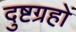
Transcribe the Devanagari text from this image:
दुष्टग्रहों